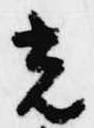
光